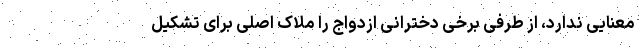
معنایی ندارد، از طرفی برخی دخترانی ازدواج را ملاک اصلی برای تشکیل